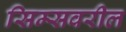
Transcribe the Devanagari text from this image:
सिम्सवरील